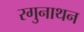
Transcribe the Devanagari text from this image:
रगुनाथन